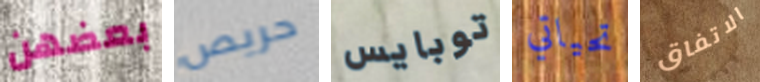
بعضهن حريص توبايس تحياتي الاتفاق